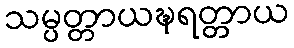
သမ္ပတ္တာယဍ္ဎရတ္တာယ